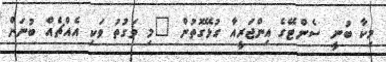
މިކާ ބުނީ ސެންޓޭގެ އިންޖަރީއާ ގުޅޭގޮތުން "މި ވަގުތު ވަކި އެއްޗެއް ބުނަން